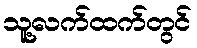
သူ့လက်ထက်တွင်